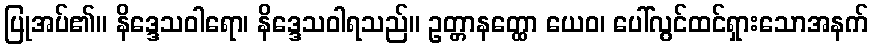
ပြုအပ်၏။ နိဒ္ဒေသဝါရော၊ နိဒ္ဒေသဝါရသည်။ ဥတ္တာနတ္ထော ယေဝ၊ ပေါ်လွင်ထင်ရှားသောအနက်